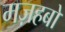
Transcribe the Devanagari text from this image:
मज़हबों